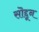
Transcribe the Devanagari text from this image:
सॊद्दून